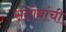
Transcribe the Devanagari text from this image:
संतोबांची